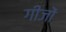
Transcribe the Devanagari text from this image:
गीजों